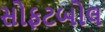
સોફટબોલ